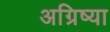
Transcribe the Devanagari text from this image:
अग्रिष्या